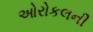
ઓરોકલની